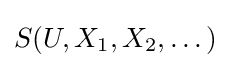
S(U,X_{1},X_{2},\dots )